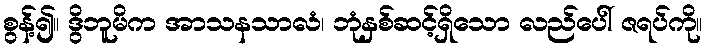
စွန့်၍။ ဒွိဘူမိက အာသနသာလံ၊ ဘုံနှစ်ဆင့်ရှိသော လည်ပေါ် ဇရပ်ကို။